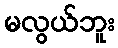
မလွယ်ဘူး